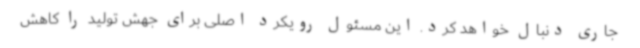
جاری دنبال خواهد کرد. این مسئول رویکرد اصلی برای جهش تولید را کاهش